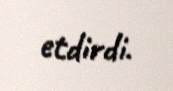
etdirdi.